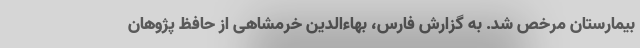
بیمارستان مرخص شد. به گزارش فارس، بهاء‌الدین خرمشاهی از حافظ پژوهان